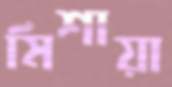
মিশায়া